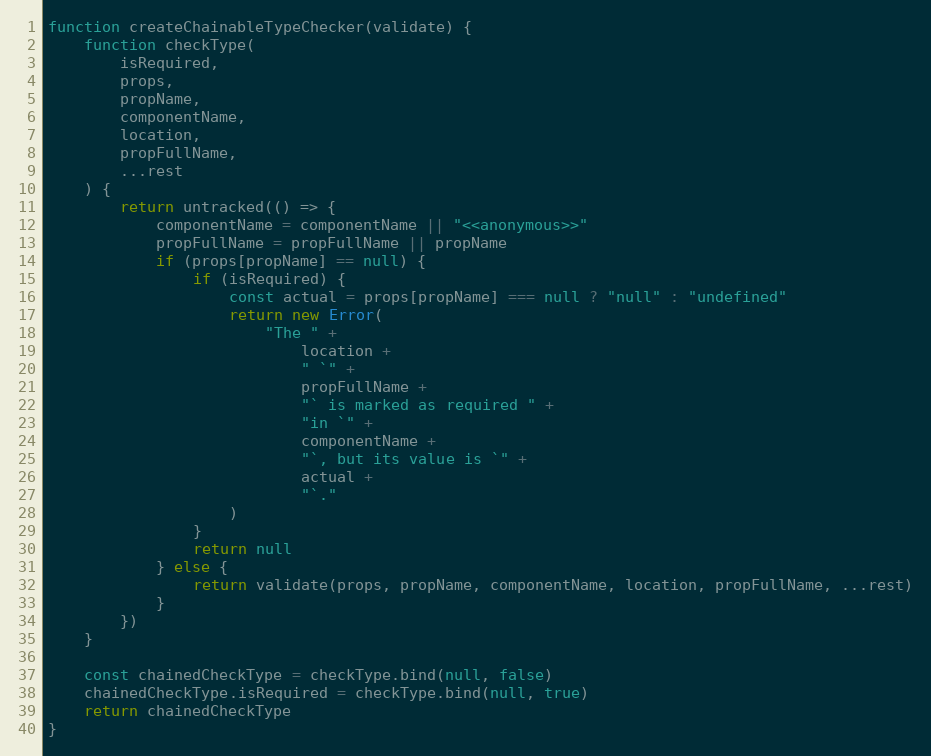
Language: JavaScript
function createChainableTypeChecker(validate) {
    function checkType(
        isRequired,
        props,
        propName,
        componentName,
        location,
        propFullName,
        ...rest
    ) {
        return untracked(() => {
            componentName = componentName || "<<anonymous>>"
            propFullName = propFullName || propName
            if (props[propName] == null) {
                if (isRequired) {
                    const actual = props[propName] === null ? "null" : "undefined"
                    return new Error(
                        "The " +
                            location +
                            " `" +
                            propFullName +
                            "` is marked as required " +
                            "in `" +
                            componentName +
                            "`, but its value is `" +
                            actual +
                            "`."
                    )
                }
                return null
            } else {
                return validate(props, propName, componentName, location, propFullName, ...rest)
            }
        })
    }

    const chainedCheckType = checkType.bind(null, false)
    chainedCheckType.isRequired = checkType.bind(null, true)
    return chainedCheckType
}